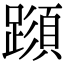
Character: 𨅑